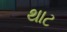
થાટ